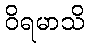
ဝိရမာသိ